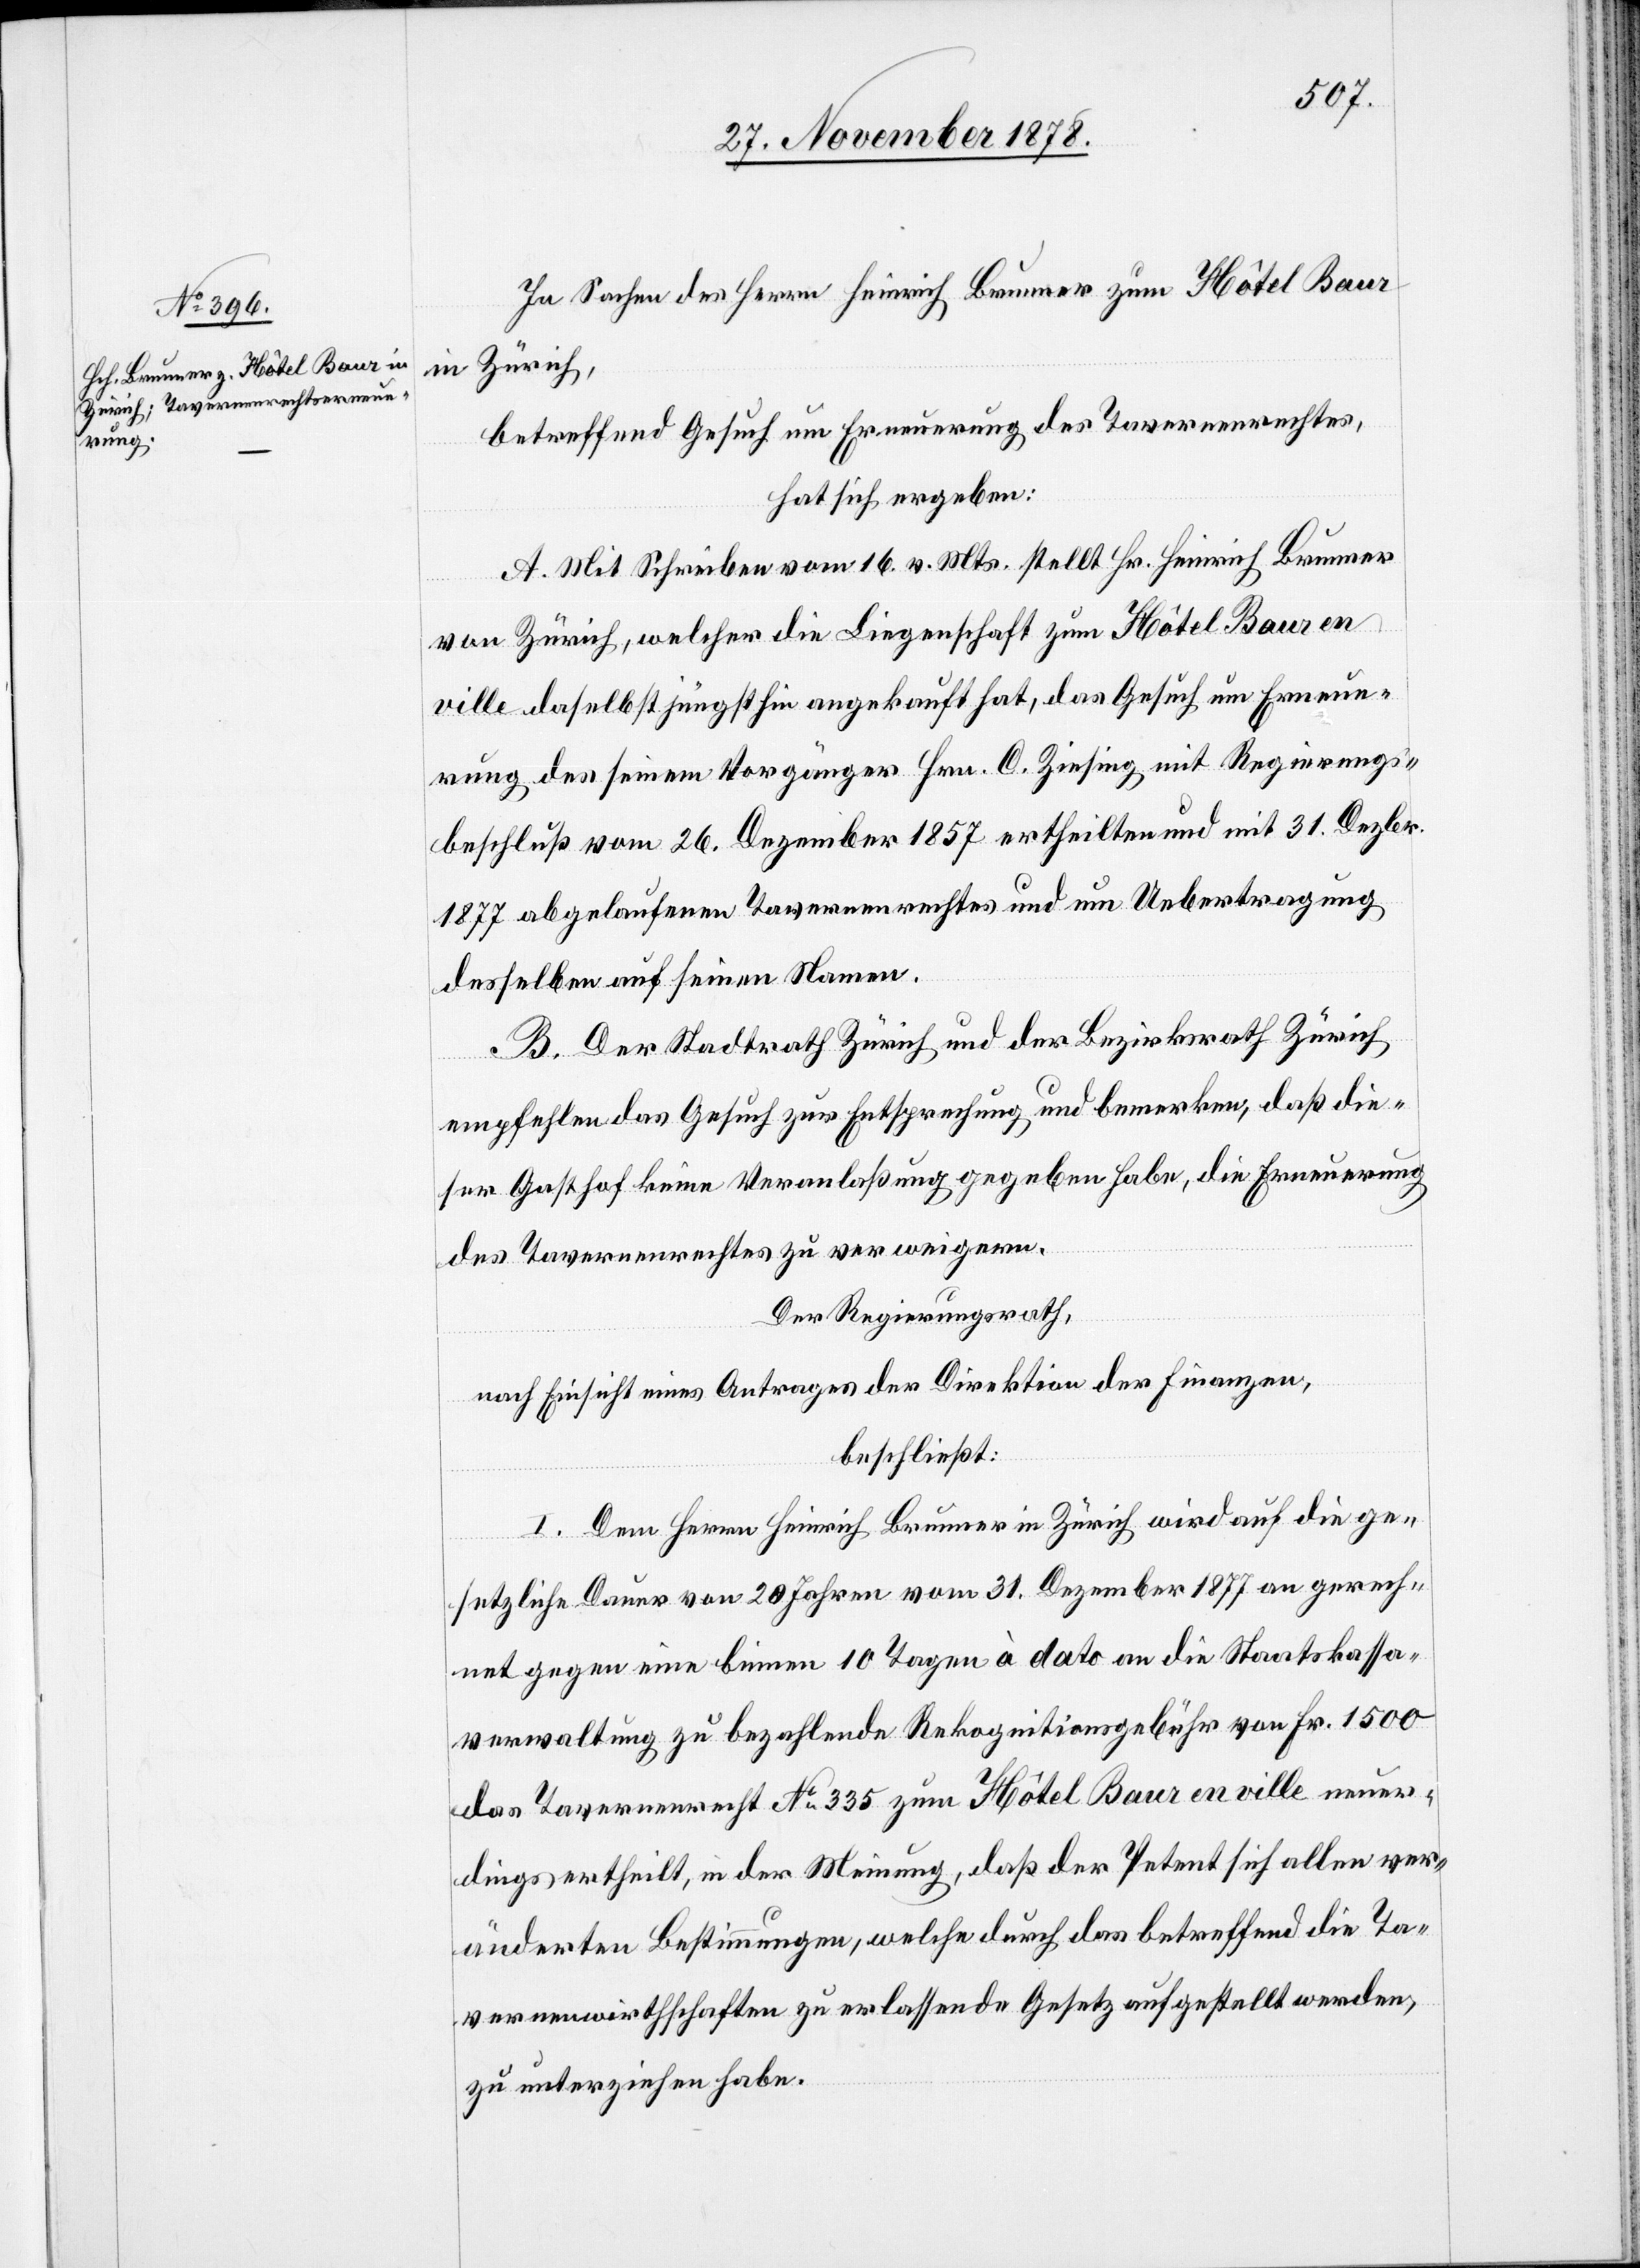
In Sachen des Herrn Heinrich Brunner zum Hôtel Baur
in Zürich,
betreffend Gesuch um Erneuerung des Tavernenrechtes,
hat sich ergeben:
A. Mit Zuschrift vom 16. v. Mts. stellt Hr. Heinrich Brunner
von Zürich, welcher die Liegenschaft zum Hôtel Baur en
ville daselbst jüngsthin angekauft hat, das Gesuch um Erneue¬
rung des seinem Vorgänger Hrn. C. Ziesing mit Regierungs¬
beschluß vom 26. Dezember 1857 ertheilten und mit 31. Dezbr.
1877 abgelaufenen Tavernenrechtes und um Uebertragung
desselben auf seinen Namen.
B. Der Stadtrath Zürich und der Bezirksrath Zürich
empfehlen das Gesuch zur Entsprechung und bemerken, daß die¬
ser Gasthof keine Veranlaßung gegeben habe, die Erneuerung
des Tavernenrechtes zu verweigern.
Der Regierungsrath,
nach Einsicht eines Antrages der Direktion der Finanzen,
beschließt:
I. Dem Herrn Heinrich Brunner in Zürich wird auf die ge¬
setzliche Dauer von 20 Jahren vom 31. Dezember 1877 an gerech¬
net gegen eine binnen 10 Tagen à dato an die Staatskassa¬
verwaltung zu bezahlende Rekognitionsgebühr von Fr. 1500
das Tavernenrecht No 335 zum Hôtel Baur en ville neuer¬
dings ertheilt, in der Meinung, daß der Petent sich allen ver¬
änderten Bestimmungen, welche durch das betreffend die Ta¬
vernenwirthschaften zu erlassende Gesetz aufgestellt werden,
zu unterziehen habe.